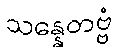
သန္နေတဗ္ဗံ